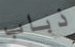
ذباب